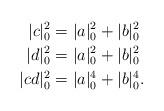
LaTeX: \begin{align*}|c|^2_0 & = |a|^2_0 + |b|^2_0 \\|d|^2_0 & = |a|^2_0 + |b|^2_0 \\|c d|^2_0 & = |a|^4_0 + |b|^4_0.\end{align*}